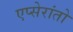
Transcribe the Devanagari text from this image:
एप्सेरांतो